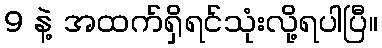
9 နဲ့ အထက်ရှိရင်သုံးလို့ရပါပြီ။